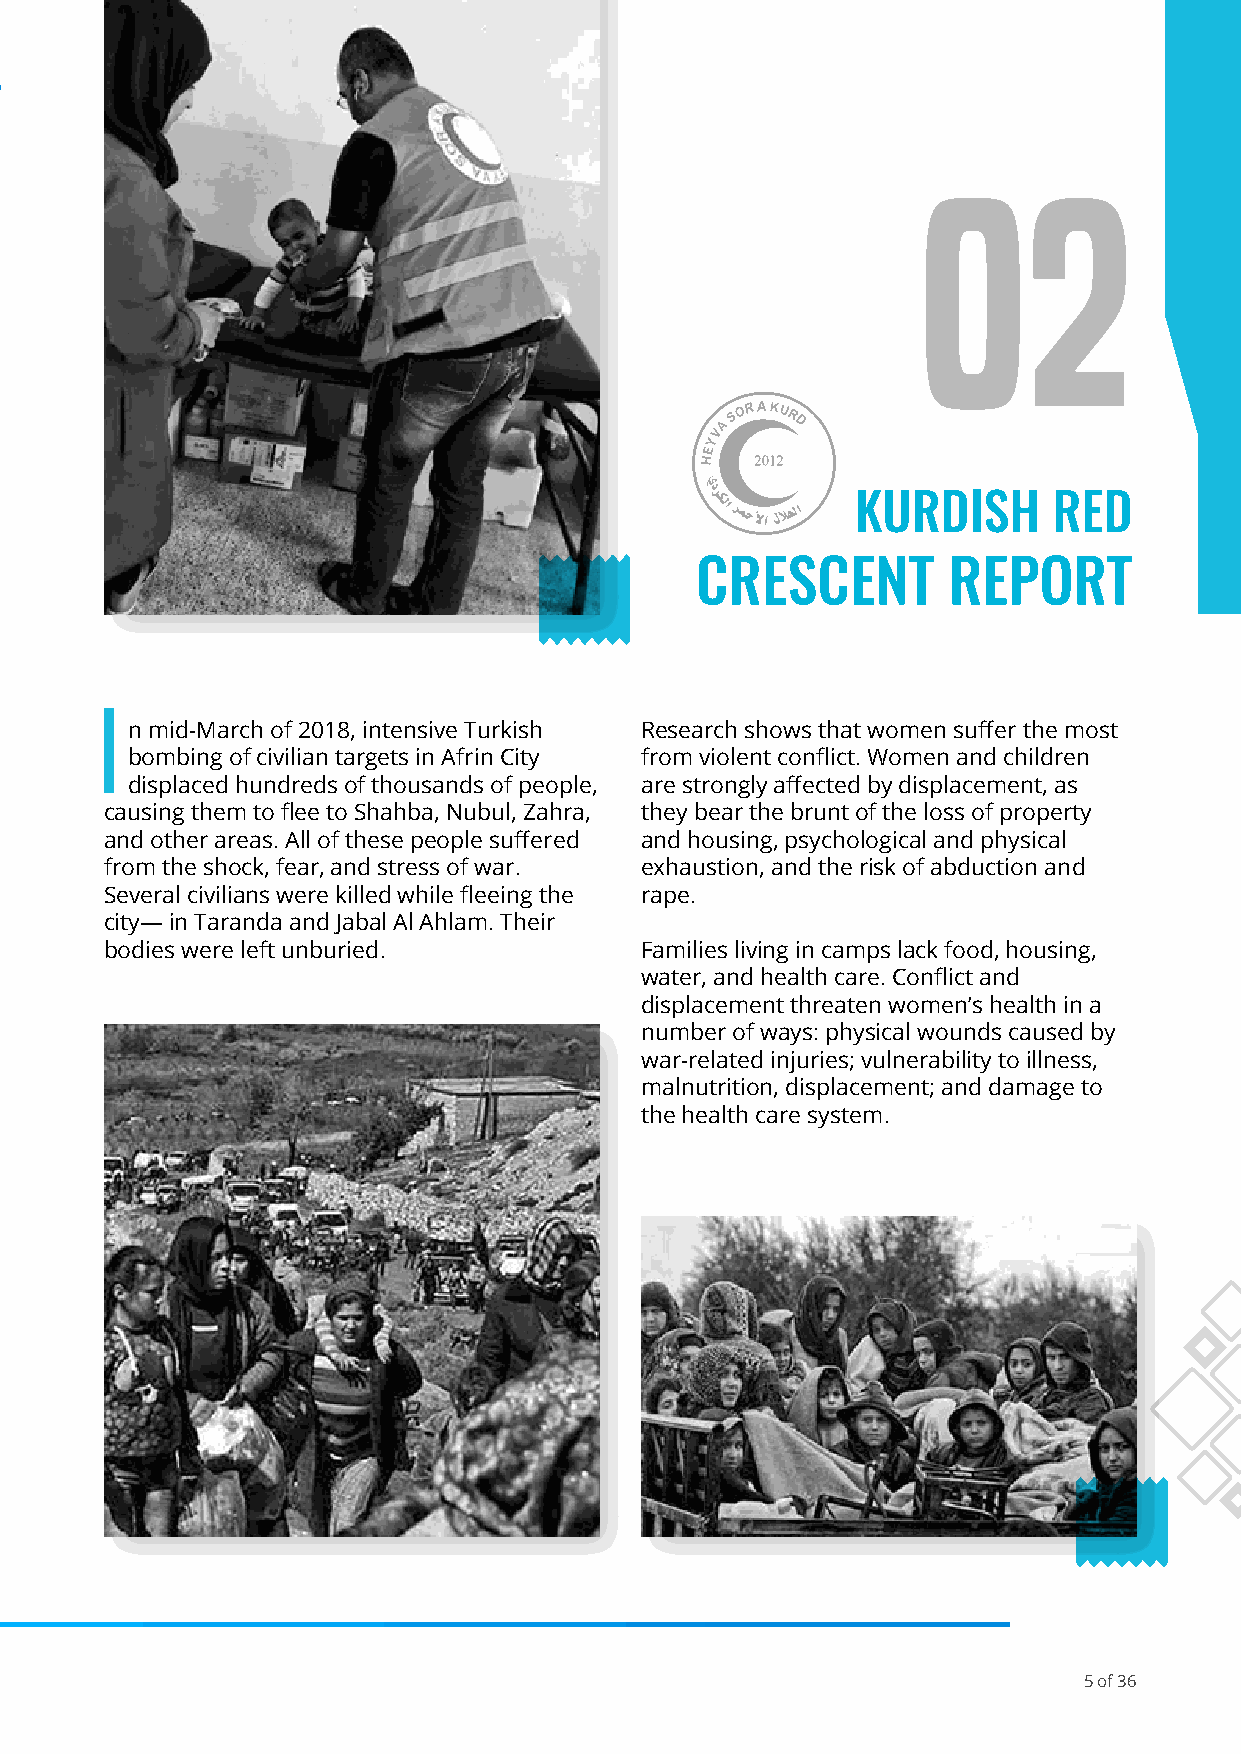
02
 KURDISH      RED
 CRESCENT         REPORT
 I
 n mid-March of 2018, intensive Turkish Research shows that women suffer the most
 bombing of civilian targets in Afrin City from violent conflict. Women and children
 displaced hundreds of thousands of people, are strongly affected by displacement, as
 causing them to flee to Shahba, Nubul, Zahra, they bear the brunt of the loss of property
 and other areas. All of these people suffered and housing, psychological and physical
 from the shock, fear, and stress of war. exhaustion, and the risk of abduction and
 Several civilians were killed while fleeing the rape.
 city— in Taranda and Jabal Al Ahlam. Their
 bodies were left unburied.         Families living in camps lack food, housing,
 water, and health care. Conflict and
 displacement threaten women’s health in a
 number of ways: physical wounds caused by
 war-related injuries; vulnerability to illness,
 malnutrition, displacement; and damage to
 the health care system.
 5 of 36